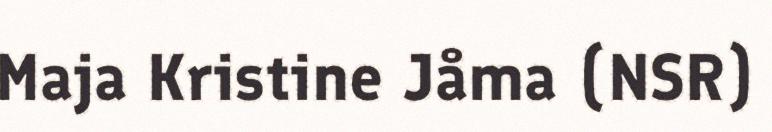
Maja Kristine Jåma (NSR)